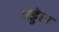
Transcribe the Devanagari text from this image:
वड्डेरा